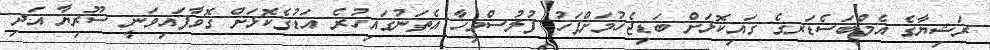
ރަޝިޔާގެ އެމްބަސެޑަރގެ ގައިކޮޅަށް ބަޑިޖެހުމަށްފަހު ފުލުސްމީހާ އެތަނުގައިހުރެ އަޑުގެކޮޅަށް ގޮވާފައިވަނީ ސޫރިޔާ އަދި